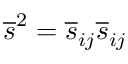
\overline { { s } } ^ { 2 } = \overline { { s } } _ { i j } \overline { { s } } _ { i j }